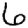
Digit: 6